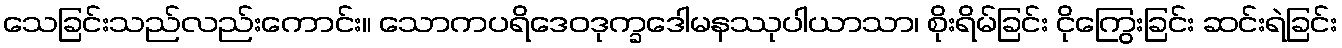
သေခြင်းသည်လည်းကောင်း။ သောကပရိဒေဝဒုက္ခဒေါမနဿုပါယာသာ၊ စိုးရိမ်ခြင်း ငိုကြွေးခြင်း ဆင်းရဲခြင်း